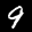
Label: 9